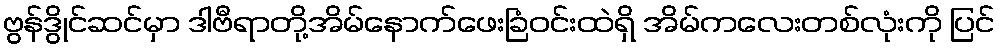
ဗွန်ဒွိုင်ဆင်မှာ ဒါဗီရာတို့အိမ်နောက်ဖေးခြံဝင်းထဲရှိ အိမ်ကလေးတစ်လုံးကို ပြင်